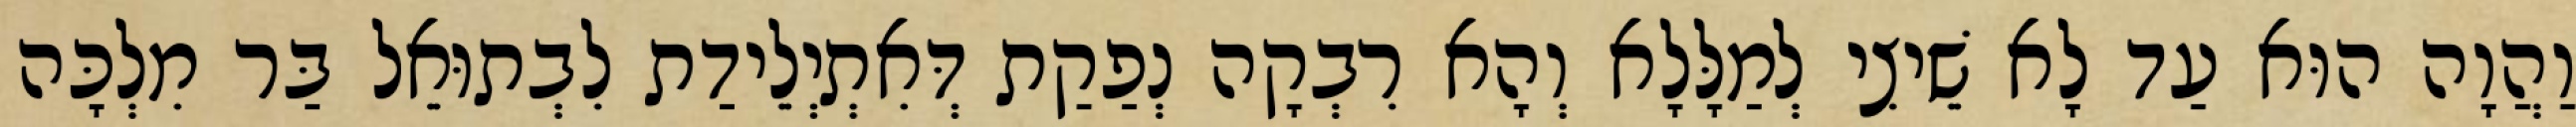
וַהֲוָה הוּא עַד לָא שֵׁיצִי לְמַלָּלָא וְהָא רִבְקָה נְפַקַת דְּאִתְיְלֵידַת לִבְתוּאֵל בַּר מִלְכָּה